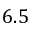
6 . 5